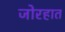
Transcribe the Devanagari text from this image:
जोरहात